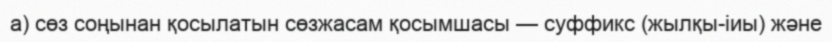
а) сөз соңынан қосылатын сөзжасам қосымшасы — суффикс (жылқы-іиы) және